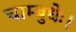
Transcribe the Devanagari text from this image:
चाम्बुधेः।